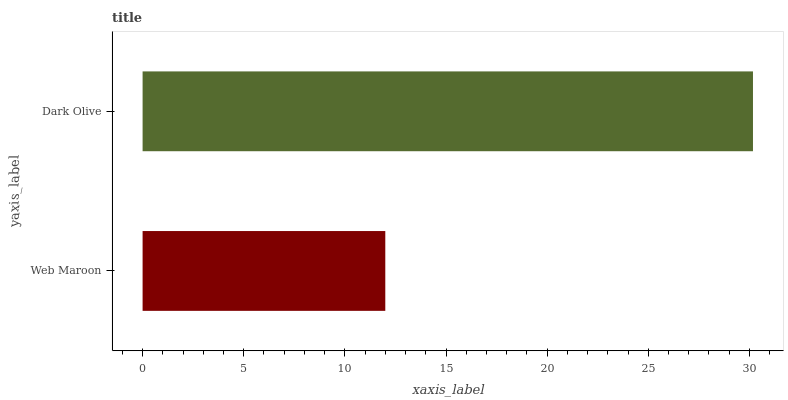
| yaxis_label | bars |
 | --- | --- |
 | Web Maroon | 12 |
 | Dark Olive | 30.2 |